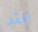
افقد